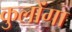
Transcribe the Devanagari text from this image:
कुलोंगा